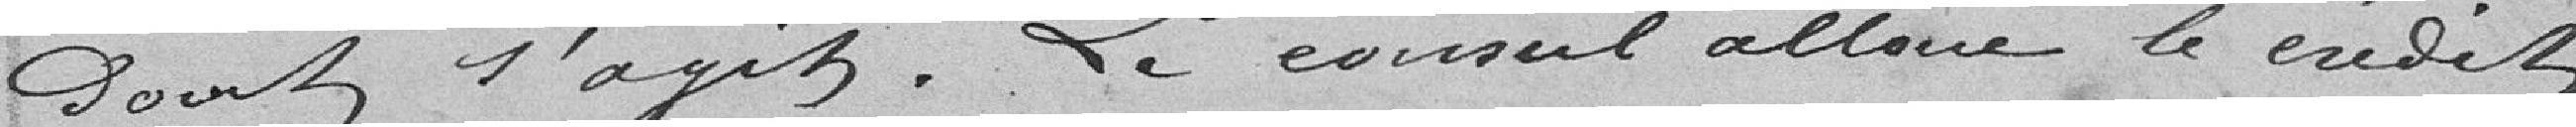
dont s'agit. Le conseil alloue le crédit